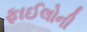
ફાઈલોની